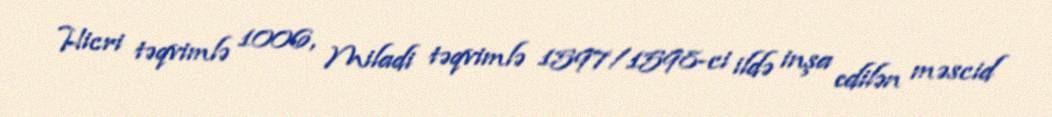
Hicri təqvimlə 1006, Miladi təqvimlə 1597/1598-ci ildə inşa edilən məscid